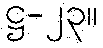
ဋ္ဌ-၂၃။